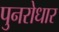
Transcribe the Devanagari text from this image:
पुनरोधार